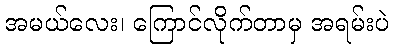
အမယ်လေး၊ ကြောင်လိုက်တာမှ အရမ်းပဲ